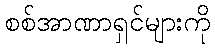
စစ်အာဏာရှင်များကို